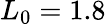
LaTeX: L_{0}=1.8